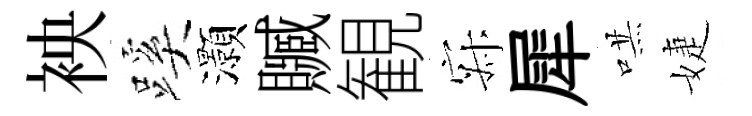
䘧蹊灝贓観寂犀哄婕